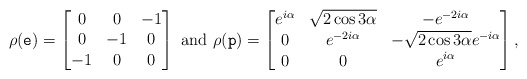
\begin{align*} \rho(\tt e)=\begin{bmatrix}0 & 0 & -1\\0 & -1 & 0\\-1 & 0 & 0\end{bmatrix}\mbox{ and }\rho(\tt p)=\begin{bmatrix}e^{i\alpha} & \sqrt{2\cos{3\alpha}} & -e^{-2i\alpha}\\ 0 &e^{-2i\alpha} &-\sqrt{2\cos{3\alpha}}e^{-i\alpha} \\ 0 & 0 & e^{i\alpha} \end{bmatrix}, \end{align*}